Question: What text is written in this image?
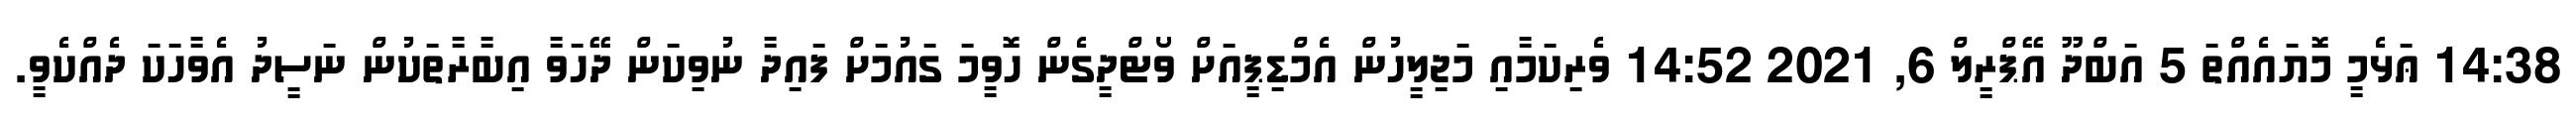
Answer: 14:38 ޢަޅެމީ މޮޔައެއްތަ 5 އަބްދޫ އޭޕްރީލް 6, 2021 14:52 ވެރިކަމާއި މަޖިލީހުން އެމްޑިޕީއަށް ވޯޓްދީގެން ހޮވީމަ ގައުމަށް ފައިދާ ނުވިކަން ދޭހަވާ އިބާރާތަކުން ނަސީދު އެވާހަކަ ދެއްކެވީ.